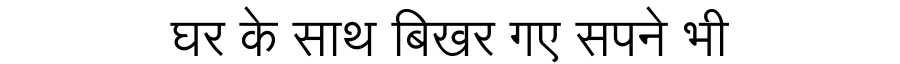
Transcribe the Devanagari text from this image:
घर के साथ बिखर गए सपने भी